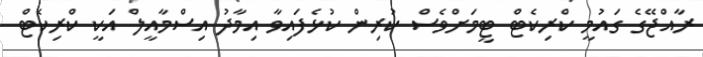
ރާއްޖޭގެ ގައުމީ ކްރިކެޓް ޓީމަށްވެސް ކުރިން ކުޅެފައިވާ އިމާދު އިސްމާއީލް އަކީ ކްރިކެޓް